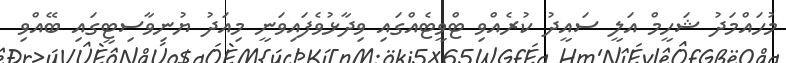
މުހައްމަދު ޝަހީމް އަލީ ސައީދު ކުރެއްވި ޓްވީޓެއްގައި ވިދާޅުވެފައިވަނީ މިއަދު ޔުނިވާސިޓީގައި ބޭއްވި